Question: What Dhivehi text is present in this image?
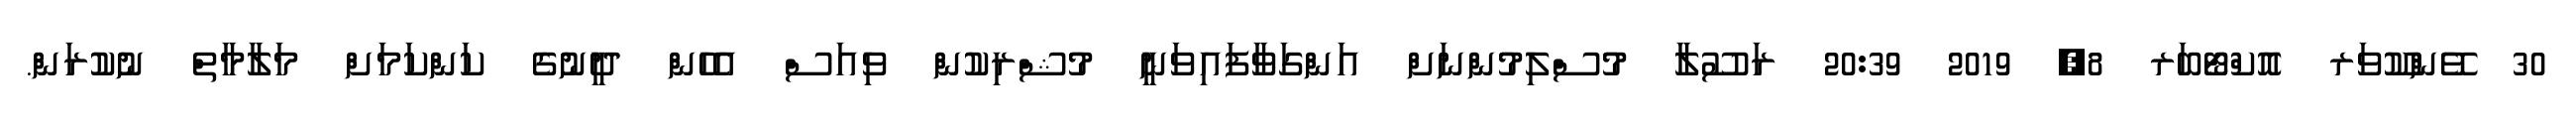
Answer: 30 ވޭންކޫވަރ އޮކްޓޯބަރ 8, 2019 20:39 ރަސޫލާ މުސްލިމުންނަށް އަންގަވާފައިވަނީ މުޝްރިކުން ވިއަސް އެހެން ދީނުގެ ކަންކަމަށް މަލާމާތް ނުކުރަން.